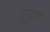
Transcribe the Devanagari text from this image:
पुरूहुता